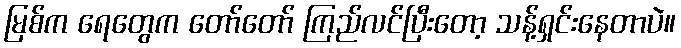
မြစ်က ရေတွေက တော်တော် ကြည်လင်ပြီးတော့ သန့်ရှင်းနေတာပဲ။